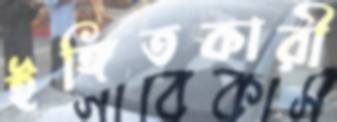
ইঙ্গিতকারী